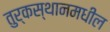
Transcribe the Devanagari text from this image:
तुर्कस्थानमधील